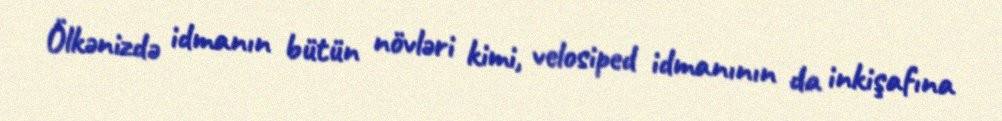
Ölkənizdə idmanın bütün növləri kimi, velosiped idmanının da inkişafına